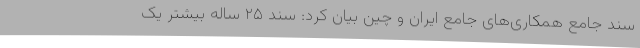
سند جامع همکاری‌های جامع ایران و چین بیان کرد: سند ۲۵ ساله بیشتر یک